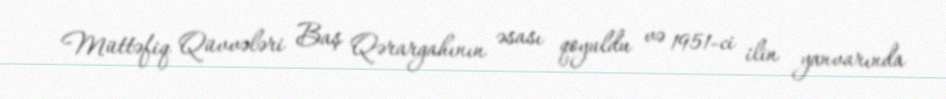
Müttəfiq Qüvvələri Baş Qərargahının əsası qoyuldu və 1951-ci ilin yanvarında